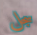
سجل